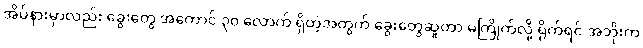
အိမ်နားမှာလည်း ခွေးတွေ အကောင် ၃၀ လောက် ရှိတဲ့အတွက် ခွေးတွေဆူတာ မကြိုက်လို့ ရိုက်ရင် အဘိုးက